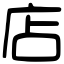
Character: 店